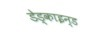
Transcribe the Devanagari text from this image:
डेड्काइन्ड